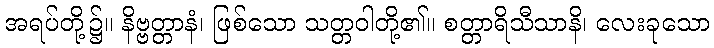
အရပ်တို့၌။ နိဗ္ဗတ္တာနံ၊ ဖြစ်သော သတ္တဝါတို့၏။ စတ္တာရိသီသာနိ၊ လေးခုသော